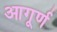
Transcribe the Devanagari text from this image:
आगूर्ण